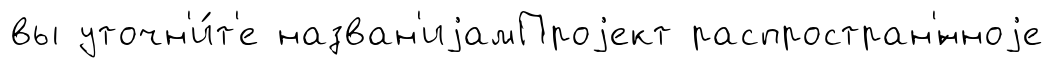
вы уточн'и́т'е назван'иjамПроjект распростран'́нноjе